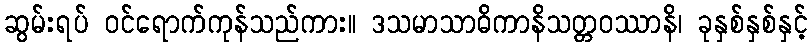
ဆွမ်းရပ် ဝင်ရောက်ကုန်သည်ကား။ ဒသမာသာဓိကာနိသတ္တဝဿာနိ၊ ခုနှစ်နှစ်နှင့်